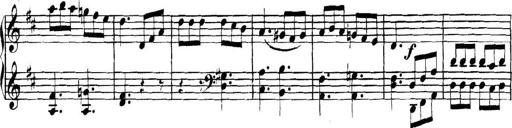
Title: Collected Piano Sonatas
Composer: Muzio Clementi